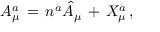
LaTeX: A _ { \mu } ^ { a } \, = \, n ^ { a } \hat { A } _ { \mu } \, + \, X _ { \mu } ^ { a } \, ,